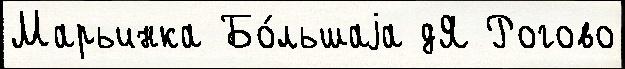
Марьинка Бо́льшаjа дЯ Рогово